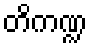
တိကဏ္ဍ